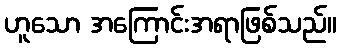
ဟူသော အကြောင်းအရာဖြစ်သည်။